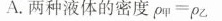
A.两种液体的密度p_甲 = p_乙